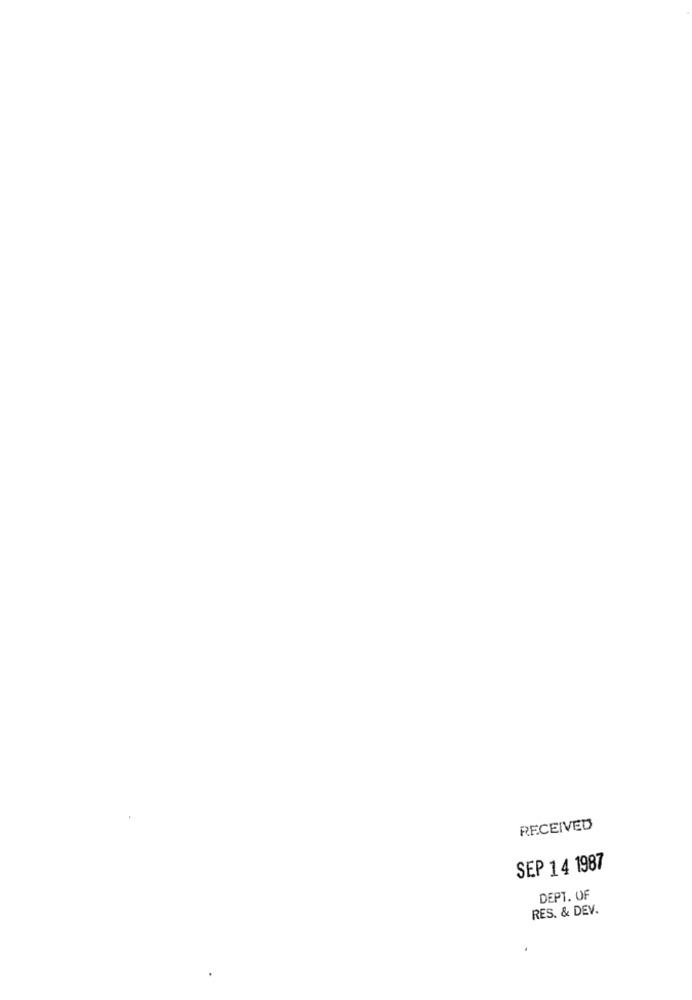
RECEIVED
SEP 14 1987
DEPT. OF
RES. & DEV.